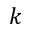
k